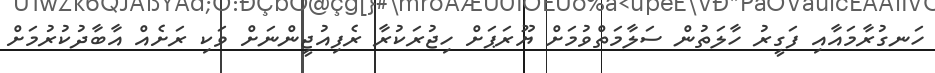
ހަނގުރާމައާއި ފަގީރު ހާލަތުން ސަލާމަތްވުމަށް ޔޫރަޕަށް ހިޖުރަކުރާ ރެފިއުޖީންނަށް ވަކި ރަށެއް އާބާދުކުރުމަށް